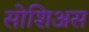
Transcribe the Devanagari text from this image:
सोशिअस